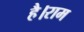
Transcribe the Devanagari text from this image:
है।राम